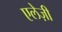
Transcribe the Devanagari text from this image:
एलेज़ी